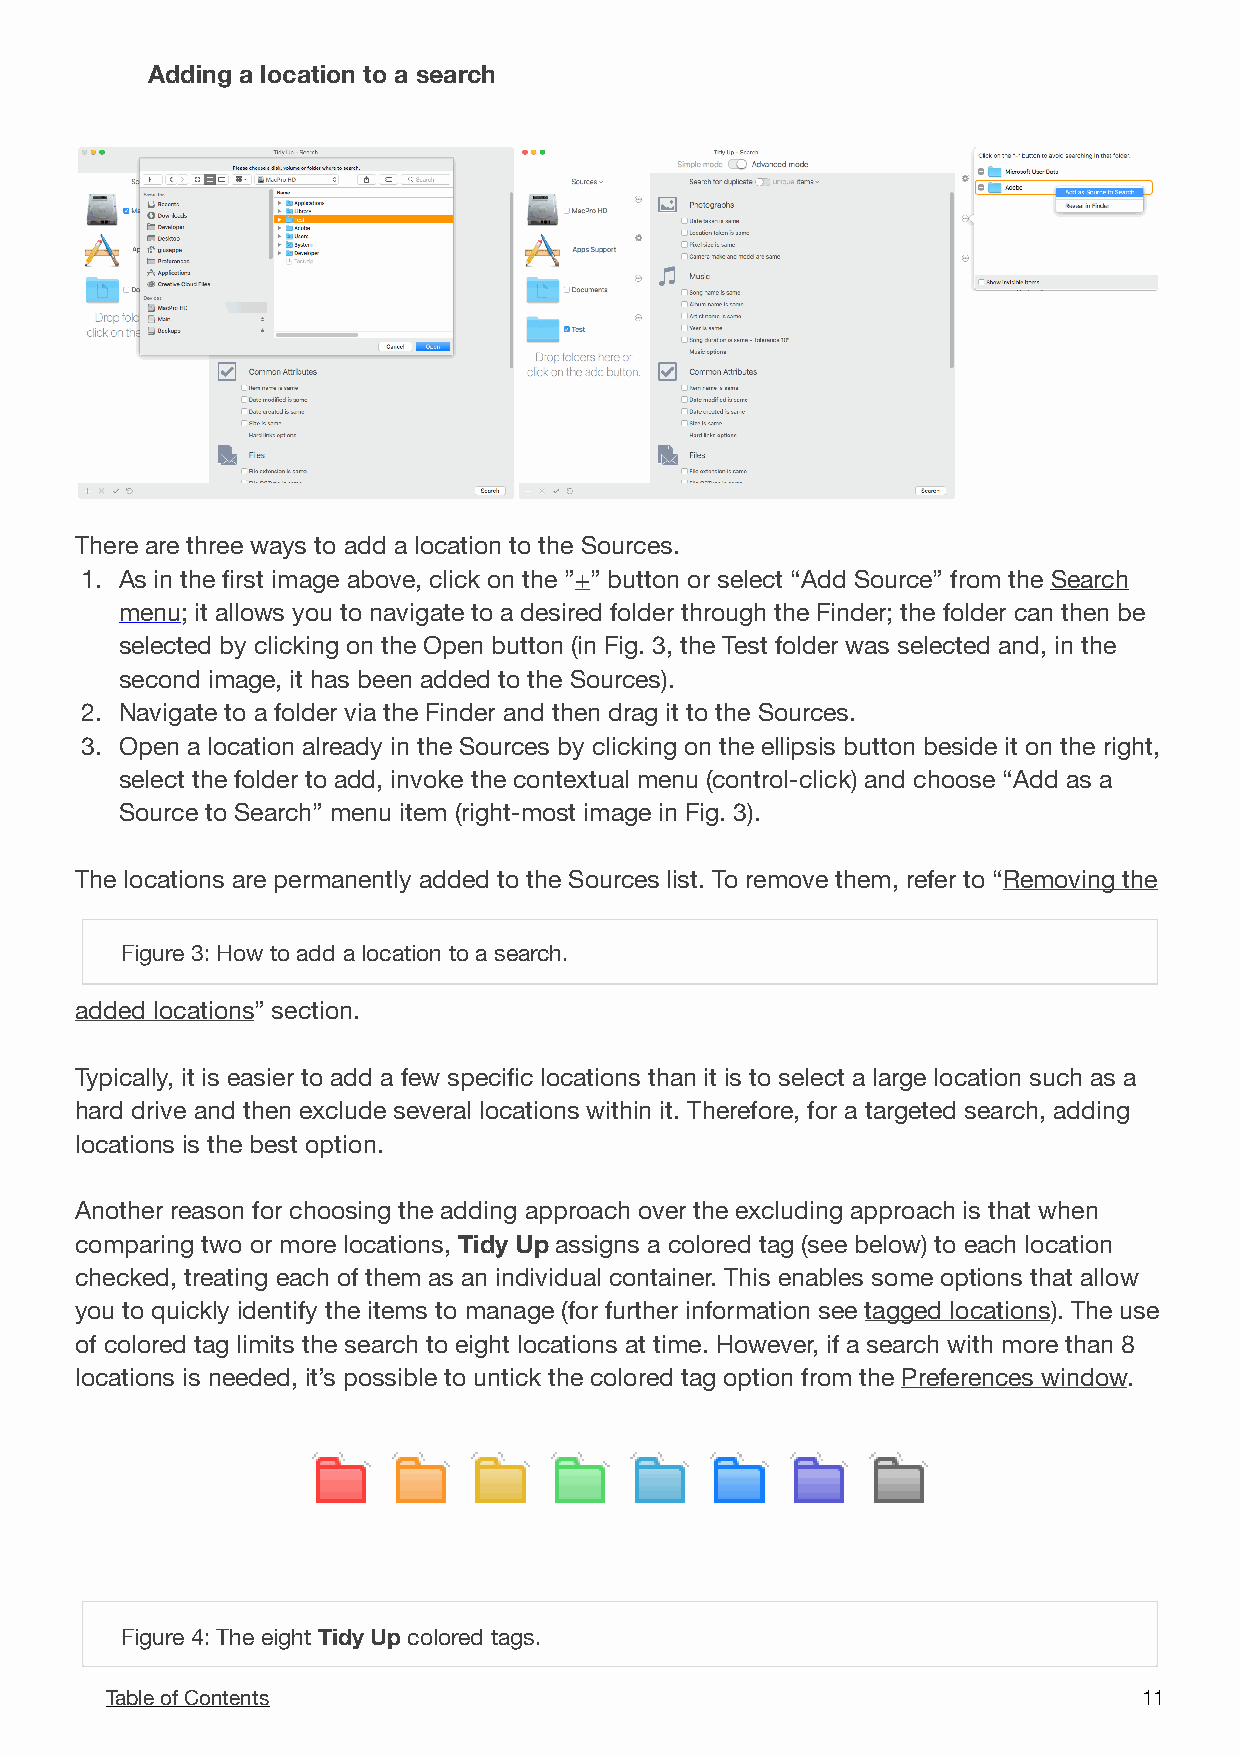
Adding a location to a search
 !
 There are three ways to add a location to the Sources.
 1. As in the first image above, click on the ”+” button or select “Add Source” from the Search
 menu; it allows you to navigate to a desired folder through the Finder; the folder can then be
 selected by clicking on the Open button (in Fig. 3, the Test folder was selected and, in the
 second image, it has been added to the Sources).
 2. Navigate to a folder via the Finder and then drag it to the Sources.
 3. Open a location already in the Sources by clicking on the ellipsis button beside it on the right,
 select the folder to add, invoke the contextual menu (control-click) and choose “Add as a
 Source to Search” menu item (right-most image in Fig. 3).
 The locations are permanently added to the Sources list. To remove them, refer to “Removing the
 Figure 3: How to add a location to a search.
 added locations” section.
 Typically, it is easier to add a few specific locations than it is to select a large location such as a
 hard drive and then exclude several locations within it. Therefore, for a targeted search, adding
 locations is the best option.
 Another reason for choosing the adding approach over the excluding approach is that when
 comparing two or more locations, Tidy Up assigns a colored tag (see below) to each location
 checked, treating each of them as an individual container. This enables some options that allow
 you to quickly identify the items to manage (for further information see tagged locations). The use
 of colored tag limits the search to eight locations at time. However, if a search with more than 8
 locations is needed, it’s possible to untick the colored tag option from the Preferences window.
 !
 Figure 4: The eight Tidy Up colored tags.
 Table of Contents                                                    1 1